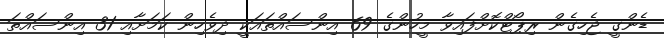
ޑެންގީ ޖެހިގެން ރިޕޯޓްކޮށްފައިވާ މީހުންގެ 69 އިންސައްތައަކީ ދިވެހިން ކަމަށާއި 31 އިންސައްތަ